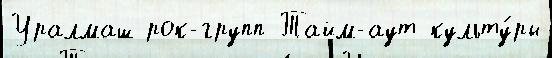
Уралмаш рок-групп Тайм-аут культу́ры